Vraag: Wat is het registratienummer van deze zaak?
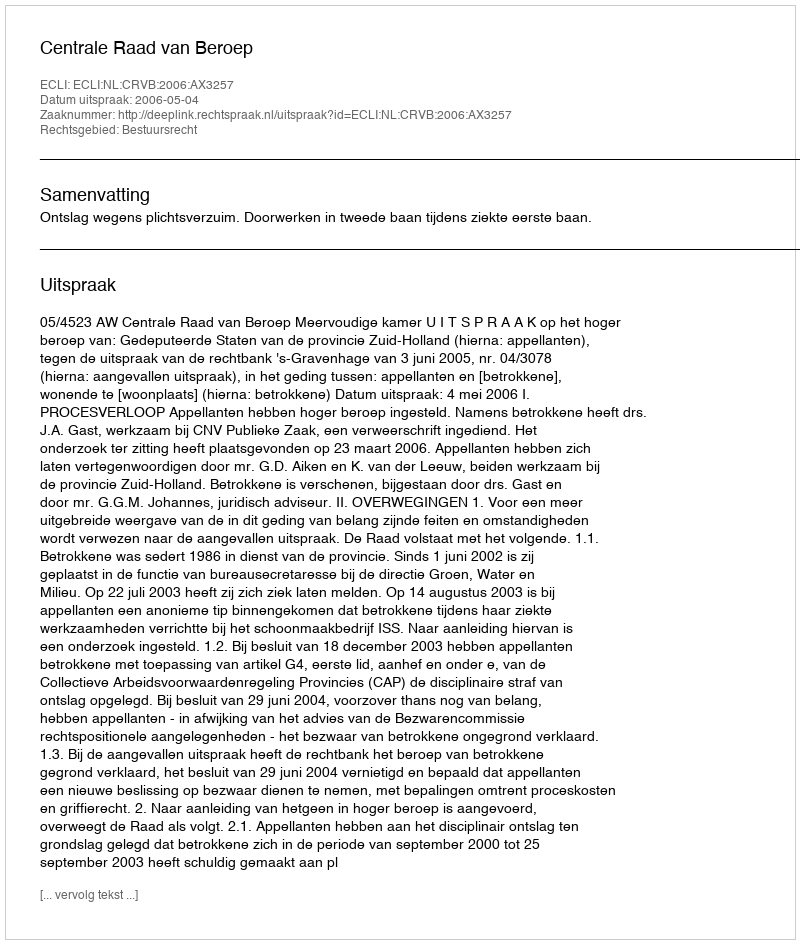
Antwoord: http://deeplink.rechtspraak.nl/uitspraak?id=ECLI:NL:CRVB:2006:AX3257